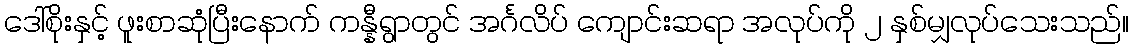
ဒေါ်စိုးနှင့် ဖူးစာဆုံပြီးနောက် ကန္နီရွာတွင် အင်္ဂလိပ် ကျောင်းဆရာ အလုပ်ကို ၂ နှစ်မျှလုပ်သေးသည်။